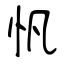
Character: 忛